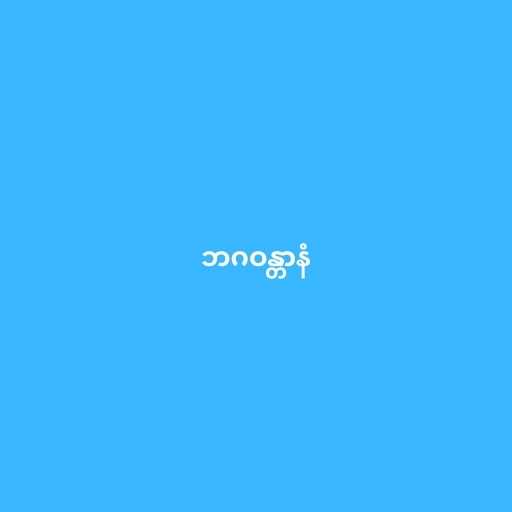
ဘဂဝန္တာနံ